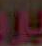
پر